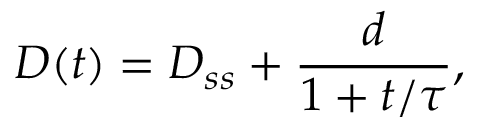
D ( t ) = D _ { s s } + \frac { d } { 1 + t / \tau } ,